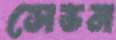
সেভন